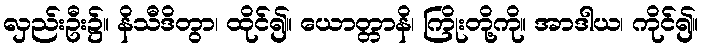
လှည်းဦး၌။ နိသီဒိတွာ၊ ထိုင်၍။ ယောတ္တာနိ၊ ကြိုးတို့ကို။ အာဒါယ၊ ကိုင်၍။